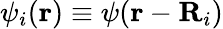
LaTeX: \psi_{i}(\textbf{r})\equiv\psi(\textbf{r}-\textbf{R}_{i})